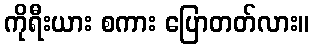
ကိုရီးယား စကား ပြောတတ်လား။